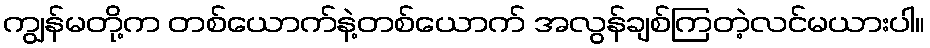
ကျွန်မတို့က တစ်ယောက်နဲ့တစ်ယောက် အလွန်ချစ်ကြတဲ့လင်မယားပါ။